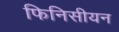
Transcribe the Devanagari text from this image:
फिनिसीयन